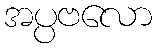
အပ္ပဗလော